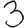
Digit: 3